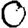
Digit: 0